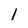
Character: l